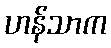
ဟန်သာက